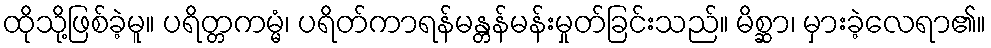
ထိုသို့ဖြစ်ခဲ့မူ။ ပရိတ္တကမ္မံ၊ ပရိတ်ကာရန်မန္တန်မန်းမှုတ်ခြင်းသည်။ မိစ္ဆာ၊ မှားခဲ့လေရာ၏။